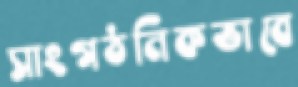
সাংগঠনিকভাবে